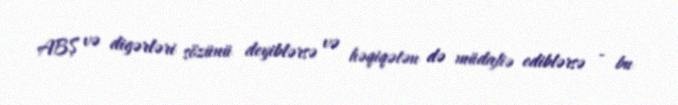
ABŞ və digərləri sözünü deyiblərsə və həqiqətən də müdafiə ediblərsə - bu